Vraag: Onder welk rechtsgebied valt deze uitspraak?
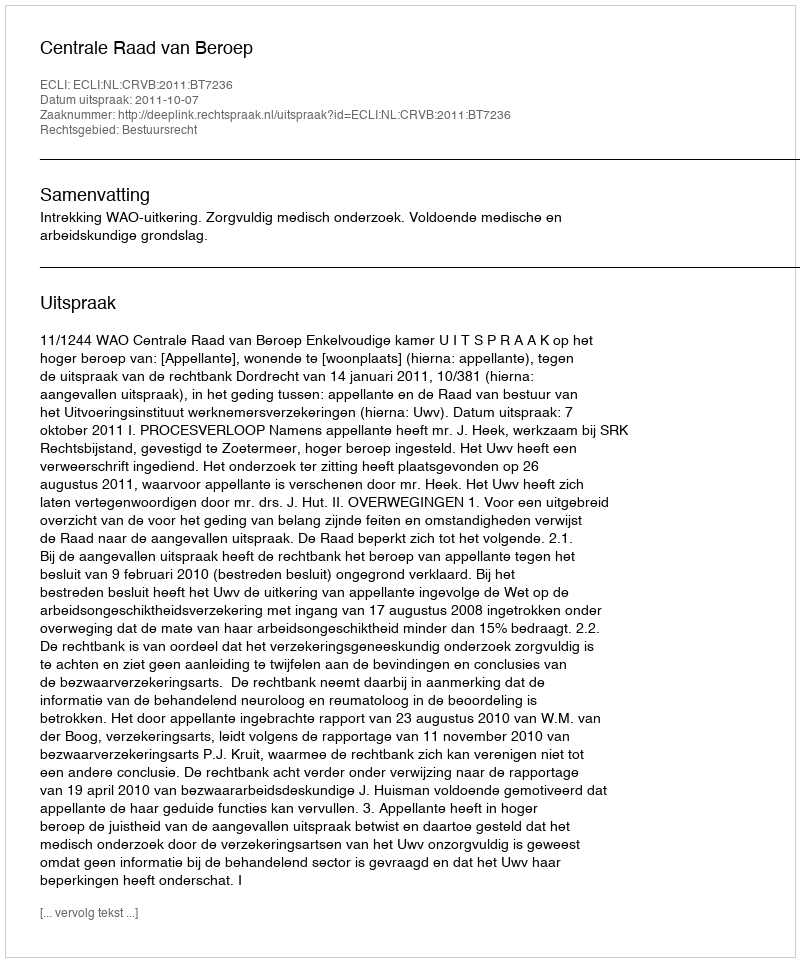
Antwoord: Bestuursrecht